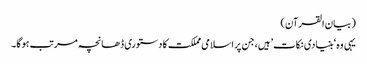
(بیان القرآن)
یہی وہ ‘بنیادی نکات’ ہیں، جن پر اسلامی مملکت کا دستوری ڈھانچہ مرتب ہوگا۔